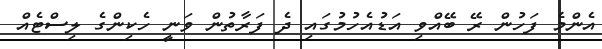
އެންމެ ފަހުން ރޭ ބޭއްވި އަޑުއެހުމުގައި ދެ ފަރާތުން ވަނީ ހެކިންގެ ލިސްޓެއް